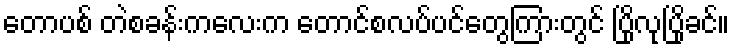
တောပစ် တဲစခန်းကလေးက တောင်စလပ်ပင်တွေကြားတွင် ပြိုလုပြိုခင်။